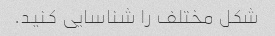
شکل مختلف را شناسایی کنید.